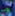
ما